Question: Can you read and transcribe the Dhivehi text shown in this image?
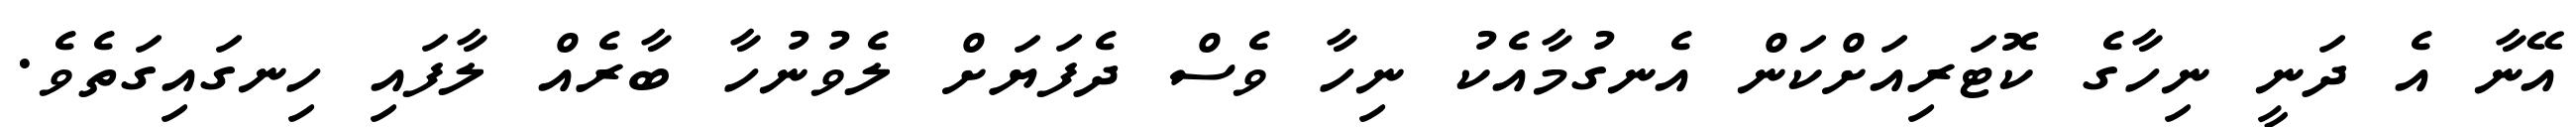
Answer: އޭނާ އެ ދަނީ ނިހާގެ ކޮޓަރިއަށްކަން އެނގުމާއެކު ނިހާ ވެސް ދެފަޔަށް ލެވުނުހާ ބާރެއް ލާފައި ހިނގައިގަތެވެ.